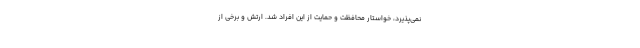
نمی‌پذیرد، خواستار محافظت و حمایت از این افراد شد. ارتش و برخی از